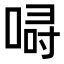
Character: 𠷲